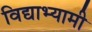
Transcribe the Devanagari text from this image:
विद्याभ्यामी